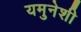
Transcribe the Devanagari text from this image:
यमुनेशी